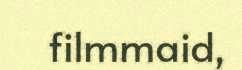
filmmaid,